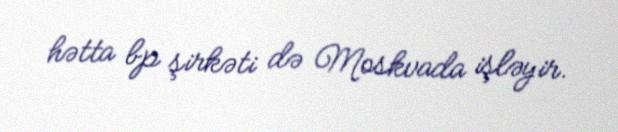
hətta bp şirkəti də Moskvada işləyir.